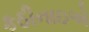
કઠીનાઇએ